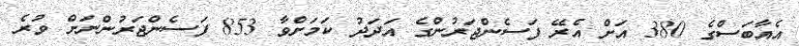
އެއާބަސްގެ 380 އަށް އެރޭ ފަސެންޖަރުންގެ އަދަދު ކަމަށްވާ 853 ފަސެންޖަރުންނަށް ވުރެ